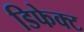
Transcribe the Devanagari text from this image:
डिफेक्‍ट